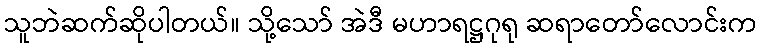
သူဘဲဆက်ဆိုပါတယ်။ သို့သော် အဲဒီ မဟာရဋ္ဌဂုရု ဆရာတော်လောင်းက